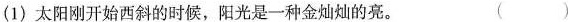
(1)太阳刚开始西斜的时，阳光是一种的亮。（ ）